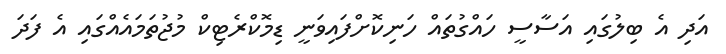
އަދި އެ ބިލުގައި އަސާސީ ހައްގުތައް ހަނިކޮށްފައިވަނީ ޑިމޮކްރެޓިކް މުޖުތަމައެއްގައި އެ ފަދަ